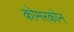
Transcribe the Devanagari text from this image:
कोमरकोन